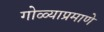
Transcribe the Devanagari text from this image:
गोळ्याप्रमाणे